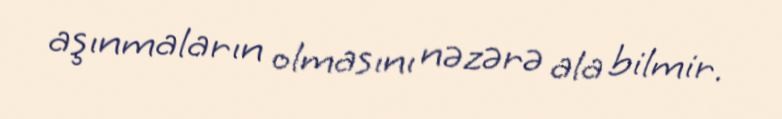
aşınmaların olmasını nəzərə ala bilmir.